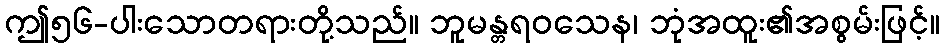
ဤ၅၆-ပါးသောတရားတို့သည်။ ဘူမန္တရဝသေန၊ ဘုံအထူး၏အစွမ်းဖြင့်။